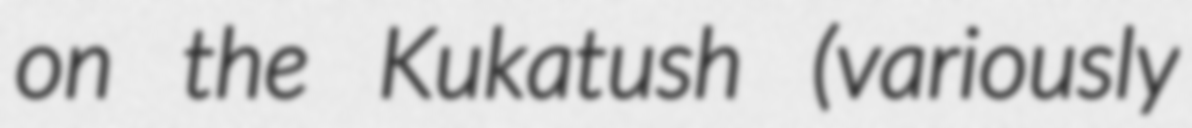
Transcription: on the Kukatush (variously